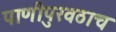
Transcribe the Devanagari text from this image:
पाणीपुरवठाच